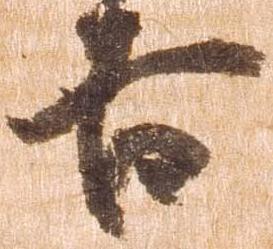
吉